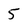
Character: 5